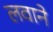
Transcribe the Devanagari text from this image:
लवाने